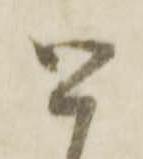
と